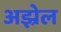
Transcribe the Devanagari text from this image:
अझ्रेल